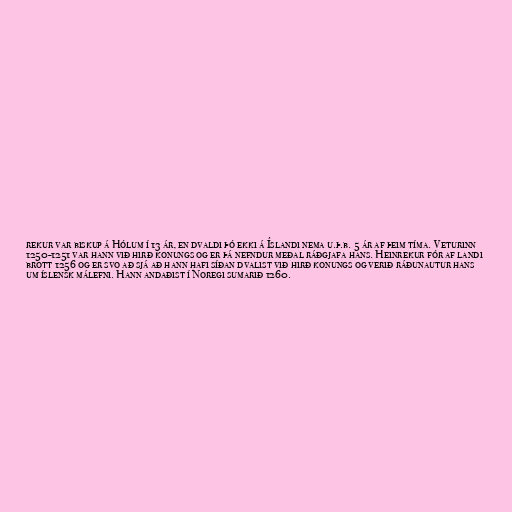
rekur var biskup á Hólum í 13 ár, en dvaldi þó ekki á Íslandi nema u.þ.b. 5 ár af þeim tíma. Veturinn
1250-1251 var hann við hirð konungs og er þá nefndur meðal ráðgjafa hans. Heinrekur fór af landi
brott 1256 og er svo að sjá að hann hafi síðan dvalist við hirð konungs og verið ráðunautur hans
um íslensk málefni. Hann andaðist í Noregi sumarið 1260.